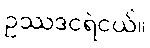
ဥဿဒငရဲငယ်။